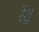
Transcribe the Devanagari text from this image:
रेंशु